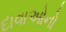
દાવાઓનો